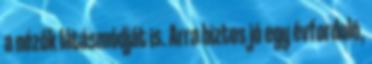
a nézők látásmódját is. Arra biztos jó egy évforduló,